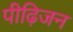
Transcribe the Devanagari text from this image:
पीढ़िजन